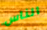
الناس